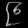
Digit: ၉